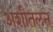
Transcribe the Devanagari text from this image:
अशीतलन